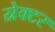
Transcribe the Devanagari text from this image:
स्रेक्टर